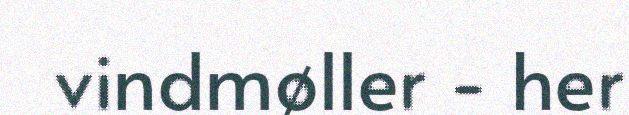
vindmøller - her